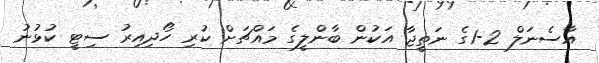
އާސެނަލް 2-1ގެ ނަތީޖާ އަކުން ބާންލީގެ މައްޗަށް ކުރި ހޯދިއިރު ސިޓީ ކުޅުނު